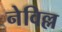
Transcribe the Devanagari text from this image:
नेविल्ल